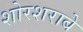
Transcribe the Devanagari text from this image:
शोरशराबे